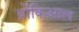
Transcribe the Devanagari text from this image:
ब्रोंकिआल